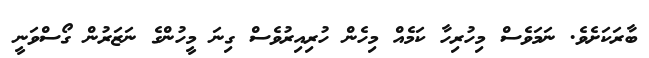
ބާރަކަށެވެ. ނަމަވެސް މިހުރިހާ ކަމެއް މިހެން ހުރިއިރުވެސް ގިނަ މީހުންގެ ނަޒަރުން ގޯސްވަނީ